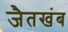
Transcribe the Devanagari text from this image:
जैतखंब